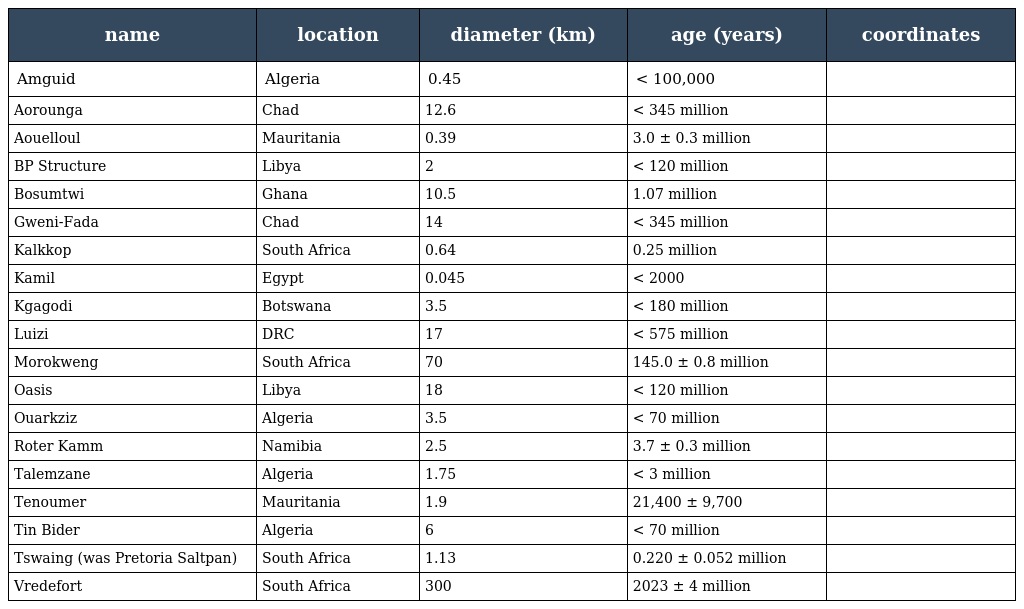
| name | location | diameter (km) | age (years) | coordinates |
 | --- | --- | --- | --- | --- |
 | Amguid | Algeria | 0.45 | < 100,000 |  |
 | Aorounga | Chad | 12.6 | < 345 million |  |
 | Aouelloul | Mauritania | 0.39 | 3.0 ± 0.3 million |  |
 | BP Structure | Libya | 2 | < 120 million |  |
 | Bosumtwi | Ghana | 10.5 | 1.07 million |  |
 | Gweni-Fada | Chad | 14 | < 345 million |  |
 | Kalkkop | South Africa | 0.64 | 0.25 million |  |
 | Kamil | Egypt | 0.045 | < 2000 |  |
 | Kgagodi | Botswana | 3.5 | < 180 million |  |
 | Luizi | DRC | 17 | < 575 million |  |
 | Morokweng | South Africa | 70 | 145.0 ± 0.8 million |  |
 | Oasis | Libya | 18 | < 120 million |  |
 | Ouarkziz | Algeria | 3.5 | < 70 million |  |
 | Roter Kamm | Namibia | 2.5 | 3.7 ± 0.3 million |  |
 | Talemzane | Algeria | 1.75 | < 3 million |  |
 | Tenoumer | Mauritania | 1.9 | 21,400 ± 9,700 |  |
 | Tin Bider | Algeria | 6 | < 70 million |  |
 | Tswaing (was Pretoria Saltpan) | South Africa | 1.13 | 0.220 ± 0.052 million |  |
 | Vredefort | South Africa | 300 | 2023 ± 4 million |  |